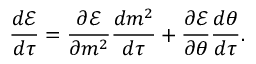
\frac { d \mathcal { E } } { d \tau } = \frac { \partial \mathcal { E } } { \partial m ^ { 2 } } \frac { d m ^ { 2 } } { d \tau } + \frac { \partial \mathcal { E } } { \partial \theta } \frac { d \theta } { d \tau } .